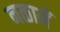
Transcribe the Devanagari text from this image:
नळानें